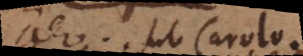
ideo sub Carolo.